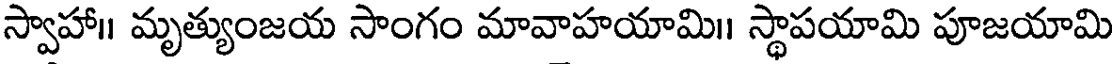
స్వాహా॥ మృత్యుంజయ సాంగం మావాహయామి।। స్థాపయామి పూజయామి